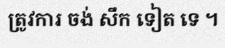
ត្រូវការ ចង់ សឹក ទៀត ទេ ។